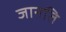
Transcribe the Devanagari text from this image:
जानति